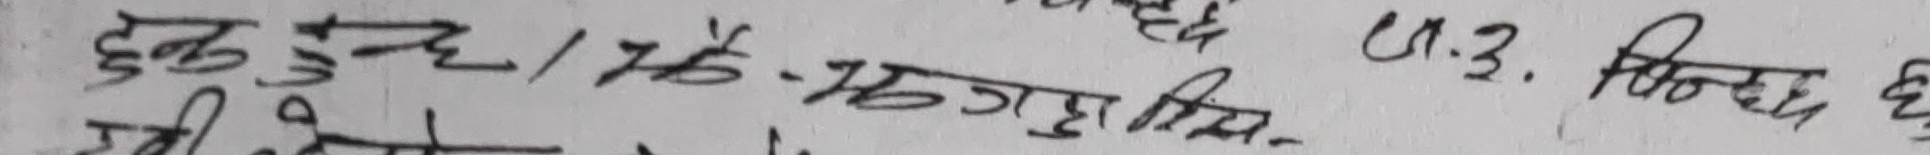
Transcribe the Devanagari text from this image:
दुई/76-जगदुशिम. U.3. भिन्द्र छ